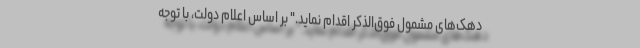
دهک­های مشمول فوق‌الذکر اقدام نماید." بر اساس اعلام دولت، با توجه